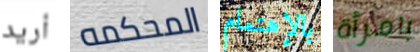
أريد المحكمه بالإهتمام بامرأة